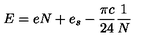
E = e N + e _ { s } - \frac { \pi c } { 2 4 } \frac { 1 } { N }